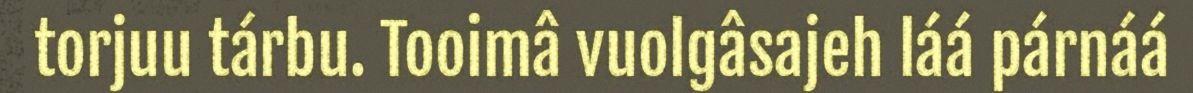
torjuu tárbu. Tooimâ vuolgâsajeh láá párnáá